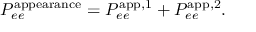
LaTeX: P _ { e e } ^ { \mathrm { a p p e a r a n c e } } = P _ { e e } ^ { \mathrm { a p p , 1 } } + P _ { e e } ^ { \mathrm { a p p , 2 } } .